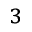
^ 3